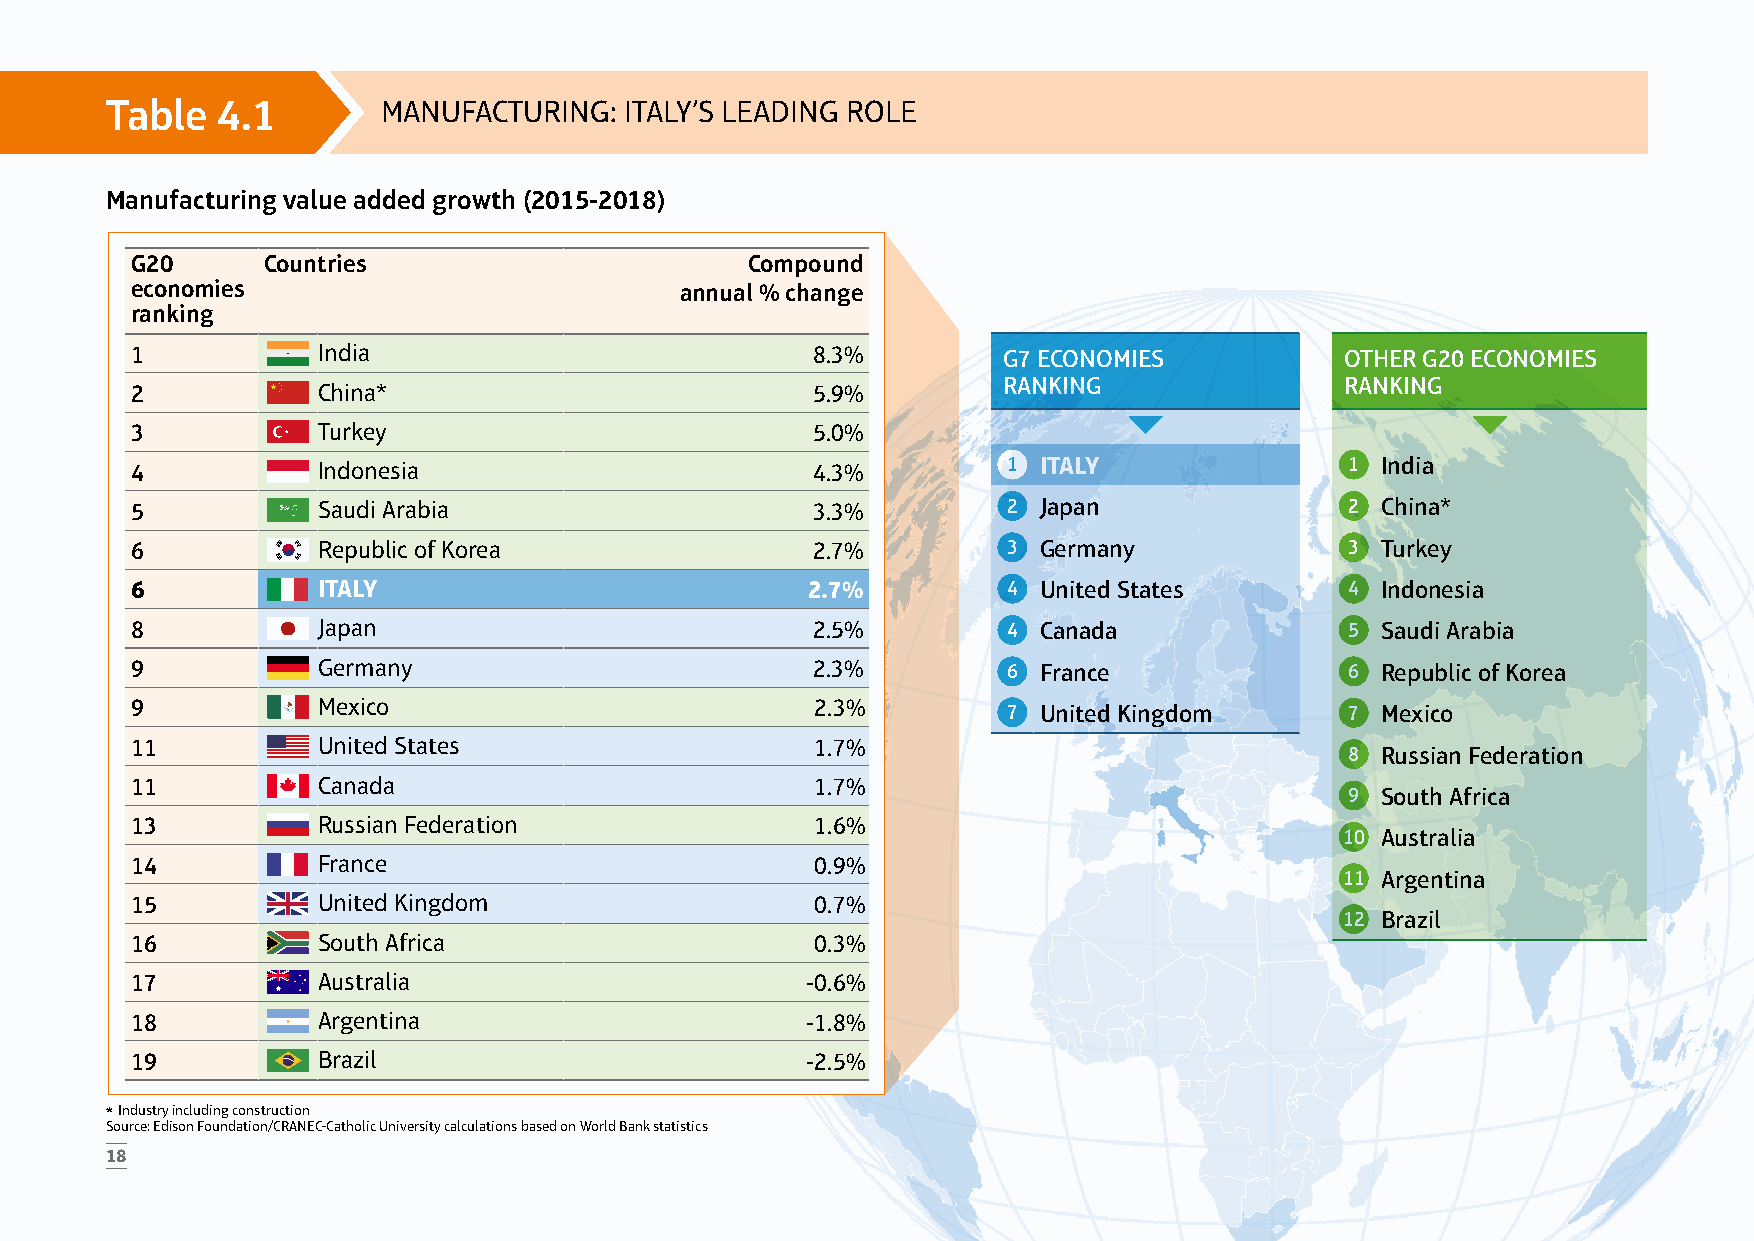
Table  4.1        MANUFACTURING:  ITALY’S LEADING ROLE
 Manufacturing value added growth (2015-2018)
 G20     Countries                       Compound
 economies                           annual % change
 ranking
 1           India                            8.3%        G7 ECONOMIES           OTHER G20 ECONOMIES
 RANKING                RANKING
 2           China*                           5.9%
 3           Turkey                           5.0%
 4           Indonesia                        4.3%         1 ITALY               1 India
 5           Saudi Arabia                     3.3%         2 Japan               2 China*
 6           Republic of Korea                2.7%         3 Germany             3 Turkey
 6           ITALY                           2.7%          4 United States       4 Indonesia
 8           Japan                            2.5%         4 Canada              5 Saudi Arabia
 9           Germany                          2.3%         6 France              6 Republic of Korea
 9           Mexico                           2.3%         7 United Kingdom      7 Mexico
 11          United States                    1.7%
 8 Russian Federation
 11          Canada                           1.7%
 9 South Africa
 13          Russian Federation               1.6%
 10 Australia
 14          France                           0.9%
 11 Argentina
 15          United Kingdom                   0.7%
 12 Brazil
 16          South Africa                     0.3%
 17          Australia                       -0.6%
 18          Argentina                       -1.8%
 19          Brazil                          -2.5%
 * Industry including construction
 Source: Edison Foundation/CRANEC-Catholic University calculations based on World Bank statistics
 18